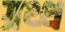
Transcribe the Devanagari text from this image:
ग्रथ्थ